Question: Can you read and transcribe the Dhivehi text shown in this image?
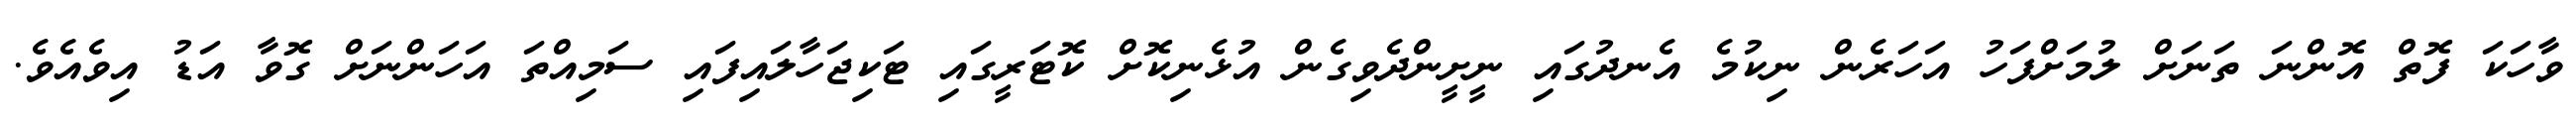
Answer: ވާހަކަ ފޮތް އޮންނަ ތަނަށް ލުމަށްފަހު އަހަރެން ނިކުމެ އެނދުގައި ނީށީންދެވިގެން އުޅެނިކޮށް ކޮޓަރީގައި ޓަކިޖަހާލައިފައި ސަމިއްތަ އަހަންނަށް ގޮވާ އަޑު އިވެއެވެ.